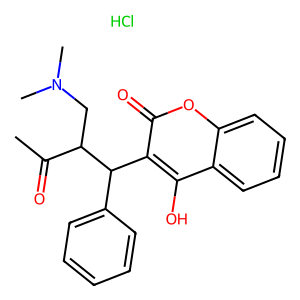
SMILES: CC(=O)C(CN(C)C)C(c1ccccc1)c1c(O)c2ccccc2oc1=O.Cl
Inhibits HIV replication: No